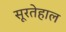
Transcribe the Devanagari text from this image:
सूरतेहाल